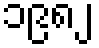
၁၉၈၂